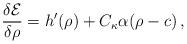
LaTeX: \begin{align*} \frac{\delta \mathcal{E}}{\delta \rho} = h'(\rho) + C_\kappa\alpha( \rho - c)\, ,\end{align*}